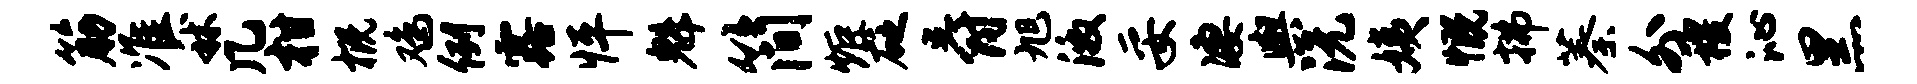
筋准秫几柑概鸡例露怦魁简炬砭爵旭激妥凄舆沅姨慨拂蓁外稷沁黑